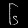
Digit: ၆